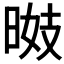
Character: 𣇠